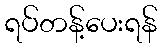
ရပ်တန့်ပေးရန်